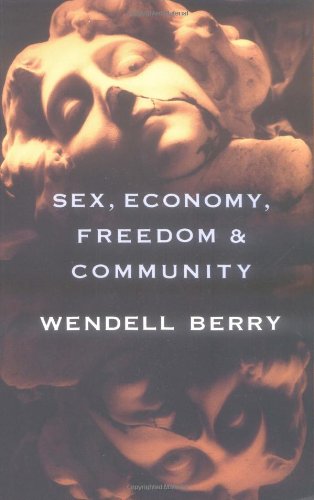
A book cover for Sex, Economy, Freedom & Community: Eight Essays; Wendell Berry; Politics & Social Sciences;